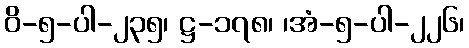
ဝိ-၅-ပါ-၂၃၅၊ ဋ္ဌ-၁၇၈၊ ၊အံ-၅-ပါ-၂၂၆၊